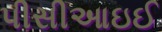
પીસીઆઇઈ